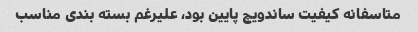
متاسفانه کیفیت ساندویچ پایین بود، علیرغم بسته بندی مناسب